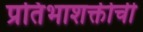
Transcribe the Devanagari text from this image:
प्रतिभाशक्तीची